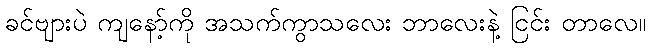
ခင်ဗျားပဲ ကျနော့်ကို အသက်ကွာသလေး ဘာလေးနဲ့ ငြင်း တာလေ။